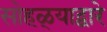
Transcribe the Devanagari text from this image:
सोहळ्याद्वारे